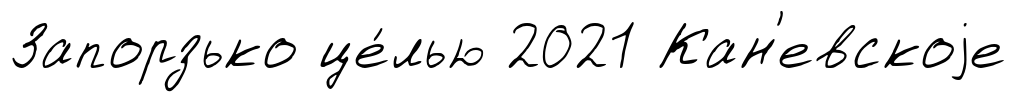
Запорзько це́лью 2021 Кан'евскоjе